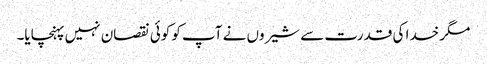
مگر خدا کی قدرت سے شیروں نے آپ کو کوئی نقصان نہیں پہنچایا۔